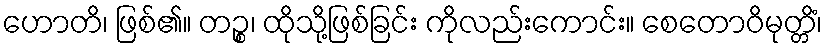
ဟောတိ၊ ဖြစ်၏။ တဉ္စ၊ ထိုသို့ဖြစ်ခြင်း ကိုလည်းကောင်း။ စေတောဝိမုတ္တိံ၊